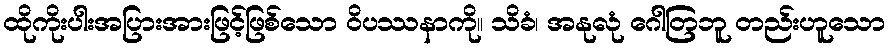
ထိုကိုးပါးအပြားအားဖြင့်ဖြစ်သော ဝိပဿနာကို။ သိခံ၊ အနုလုံ ဂေါတြဘူ တည်းဟူသော